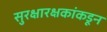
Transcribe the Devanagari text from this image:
सुरक्षारक्षकांकडून